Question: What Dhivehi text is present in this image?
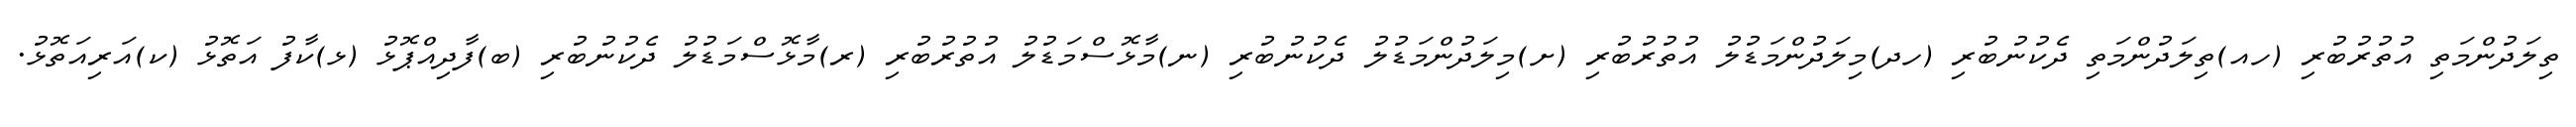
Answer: ތިލަދުންމަތި އުތުރުބުރި (ހއ)ތިލަދުންމަތި ދެކުނުބުރި (ހދ)މިލަދުންމަޑުލު އުތުރުބުރި (ށ)މިލަދުންމަޑުލު ދެކުނުބުރި (ނ)މާޅޮސްމަޑުލު އުތުރުބުރި (ރ)މާޅޮސްމަޑުލު ދެކުނުބުރި (ބ)ފާދިއްޕޮޅު (ޅ)ކާފު އަތޮޅު (ކ)އަރިއަތޮޅު.